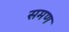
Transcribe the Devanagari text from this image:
समण